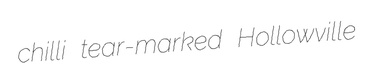
chilli tear-marked Hollowville